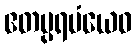
ဧတပ္ပရမံယေဝ